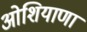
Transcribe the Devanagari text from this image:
ओशियाणा